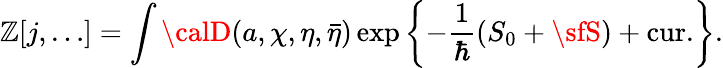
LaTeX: \mathbb{Z}[j,\ldots]=\int{\calD}(a,\chi,\eta,\bar{{\eta}})\exp\left\{ -\frac{{1}}{{\hbar}}\left(S_{0}+{\sfS}\right)+\mathrm{{cur.}}\right\} .